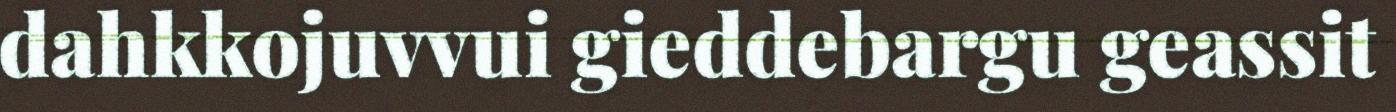
dahkkojuvvui gieddebargu geassit